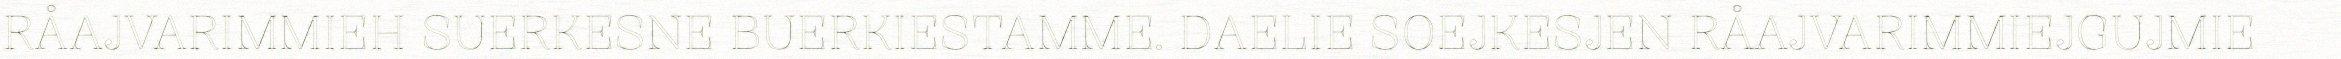
RÅAJVARIMMIEH SUERKESNE BUERKIESTAMME. DAELIE SOEJKESJEN RÅAJVARIMMIEJGUJMIE